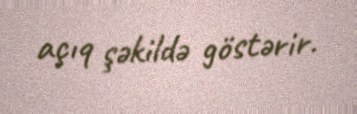
açıq şəkildə göstərir.